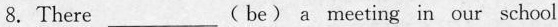
8.There___(be) a meeting in our school